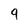
Character: 9